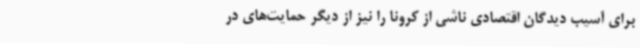
برای آسیب دیدگان اقتصادی ناشی از کرونا را نیز از دیگر حمایت‌های در